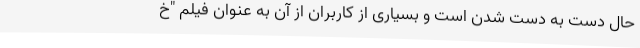
حال دست به دست شدن است و بسیاری از کاربران از آن به عنوان فیلم "خ